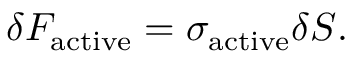
\delta F _ { \mathrm { a c t i v e } } = \sigma _ { \mathrm { a c t i v e } } \delta S .